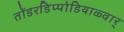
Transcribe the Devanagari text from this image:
तोंडरडिप्पोडियाळ्वार्